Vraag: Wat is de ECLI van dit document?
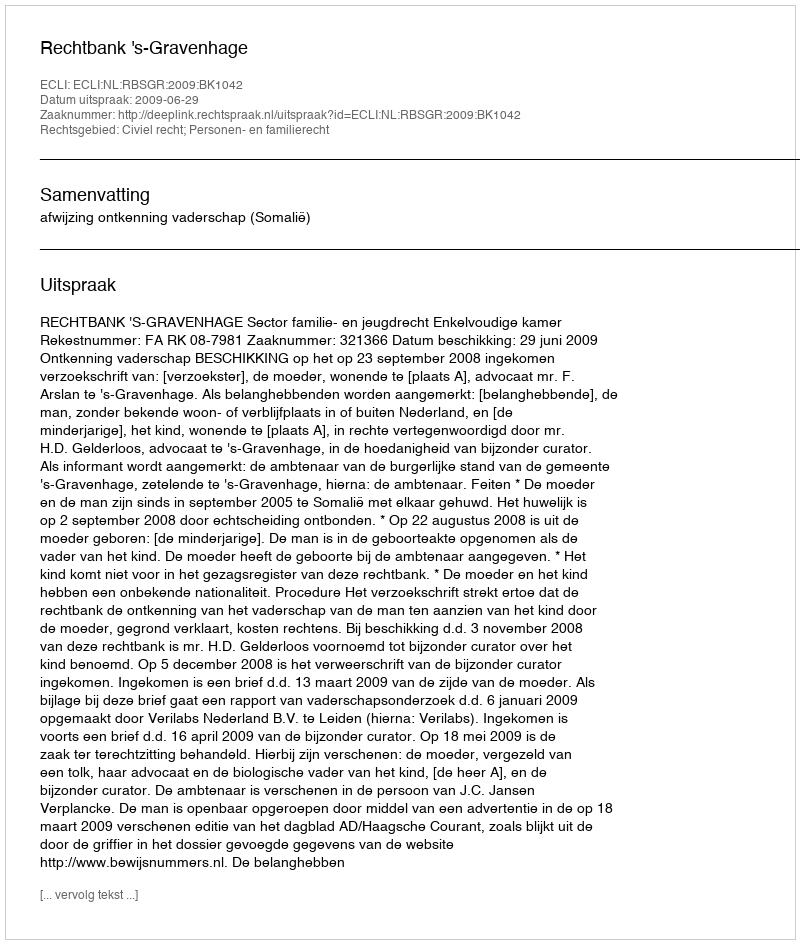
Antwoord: ECLI:NL:RBSGR:2009:BK1042